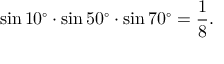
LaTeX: \sin 1 0 ^ { \circ } \cdot \sin 5 0 ^ { \circ } \cdot \sin 7 0 ^ { \circ } = { \frac { 1 } { 8 } } .